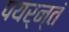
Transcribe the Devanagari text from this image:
पयर्न्तं